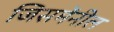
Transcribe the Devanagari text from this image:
जिसमेंनील